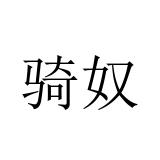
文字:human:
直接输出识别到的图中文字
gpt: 骑奴